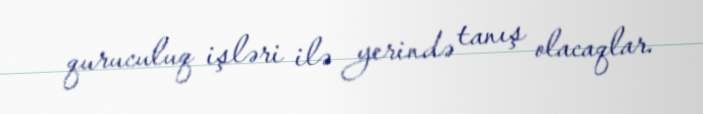
quruculuq işləri ilə yerində tanış olacaqlar.